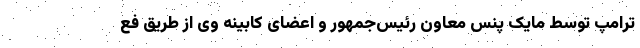
ترامپ توسط مایک پنس معاون رئیس‌جمهور و اعضای کابینه وی از طریق فع